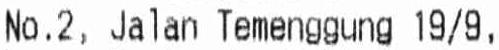
NO.2, JALAN TEMENGGUNG 19/9,